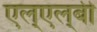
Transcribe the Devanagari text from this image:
एल्‌एल्‌बी